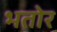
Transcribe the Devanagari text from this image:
भतोर